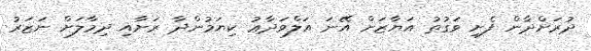
ދުރަށްދާން ފެށި ވަގުތު އަޔާޒަށް އޭނަ އަލްވަދާޢު ކިޔަމުންދާ ރަށާއި ދިމާލަށް ނަޒަރު